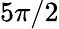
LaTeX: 5\pi/2